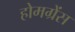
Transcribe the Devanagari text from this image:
होमग्रेंस